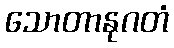
သောတာနုဂတံ